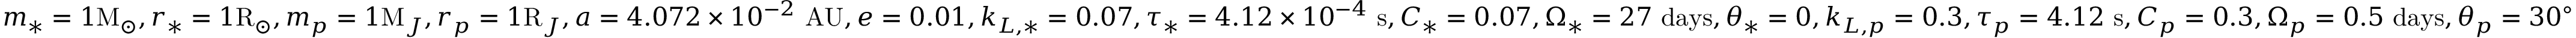
m _ { * } = 1 \mathrm { M } _ { \odot } , r _ { * } = 1 \mathrm { R } _ { \odot } , m _ { p } = 1 \mathrm { M } _ { J } , r _ { p } = 1 \mathrm { R } _ { J } , a = 4 . 0 7 2 \times 1 0 ^ { - 2 } \mathrm { ~ A U } , e = 0 . 0 1 , k _ { L , * } = 0 . 0 7 , \tau _ { * } = 4 . 1 2 \times 1 0 ^ { - 4 } \mathrm { ~ s } , C _ { * } = 0 . 0 7 , \Omega _ { * } = 2 7 \mathrm { ~ d a y s } , \theta _ { * } = 0 , k _ { L , p } = 0 . 3 , \tau _ { p } = 4 . 1 2 \mathrm { ~ s } , C _ { p } = 0 . 3 , \Omega _ { p } = 0 . 5 \mathrm { ~ d a y s } , \theta _ { p } = 3 0 ^ { \circ }